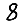
Digit: 8